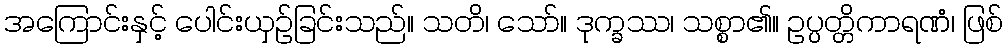
အကြောင်းနှင့် ပေါင်းယှဉ်ခြင်းသည်။ သတိ၊ သော်။ ဒုက္ခဿ၊ သစ္စာ၏။ ဥပ္ပတ္တိကာရဏံ၊ ဖြစ်